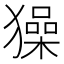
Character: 𤢖